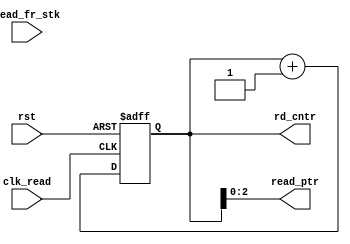
module rd_cntr_unit #(parameter stk_ptr_width = 3)(
                       output reg [stk_ptr_width : 0] rd_cntr,
                       output     [stk_ptr_width-1 : 0] read_ptr,
                       input      read_fr_stk, clk_read, rst
);
  assign read_ptr = rd_cntr[stk_ptr_width-1 : 0];
  
  always@(posedge clk_read, posedge rst)
    if(rst) begin
      rd_cntr <= 0;
    end
    else begin rd_cntr <= rd_cntr + 1;
    end
endmodule